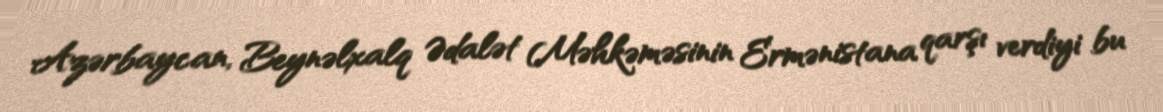
Azərbaycan, Beynəlxalq Ədalət Məhkəməsinin Ermənistana qarşı verdiyi bu